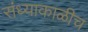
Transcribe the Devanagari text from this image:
संध्याकाळीच